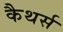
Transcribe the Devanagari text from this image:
कैथर्स